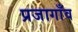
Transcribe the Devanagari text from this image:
प्रजागाँव